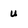
Character: u